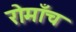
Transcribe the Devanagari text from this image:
रोमाँच